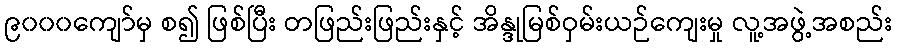
၉၀၀၀ကျော်မှ စ၍ ဖြစ်ပြီး တဖြည်းဖြည်းနှင့် အိန္ဒုမြစ်ဝှမ်းယဉ်ကျေးမှု လူ့အဖွဲ့အစည်း